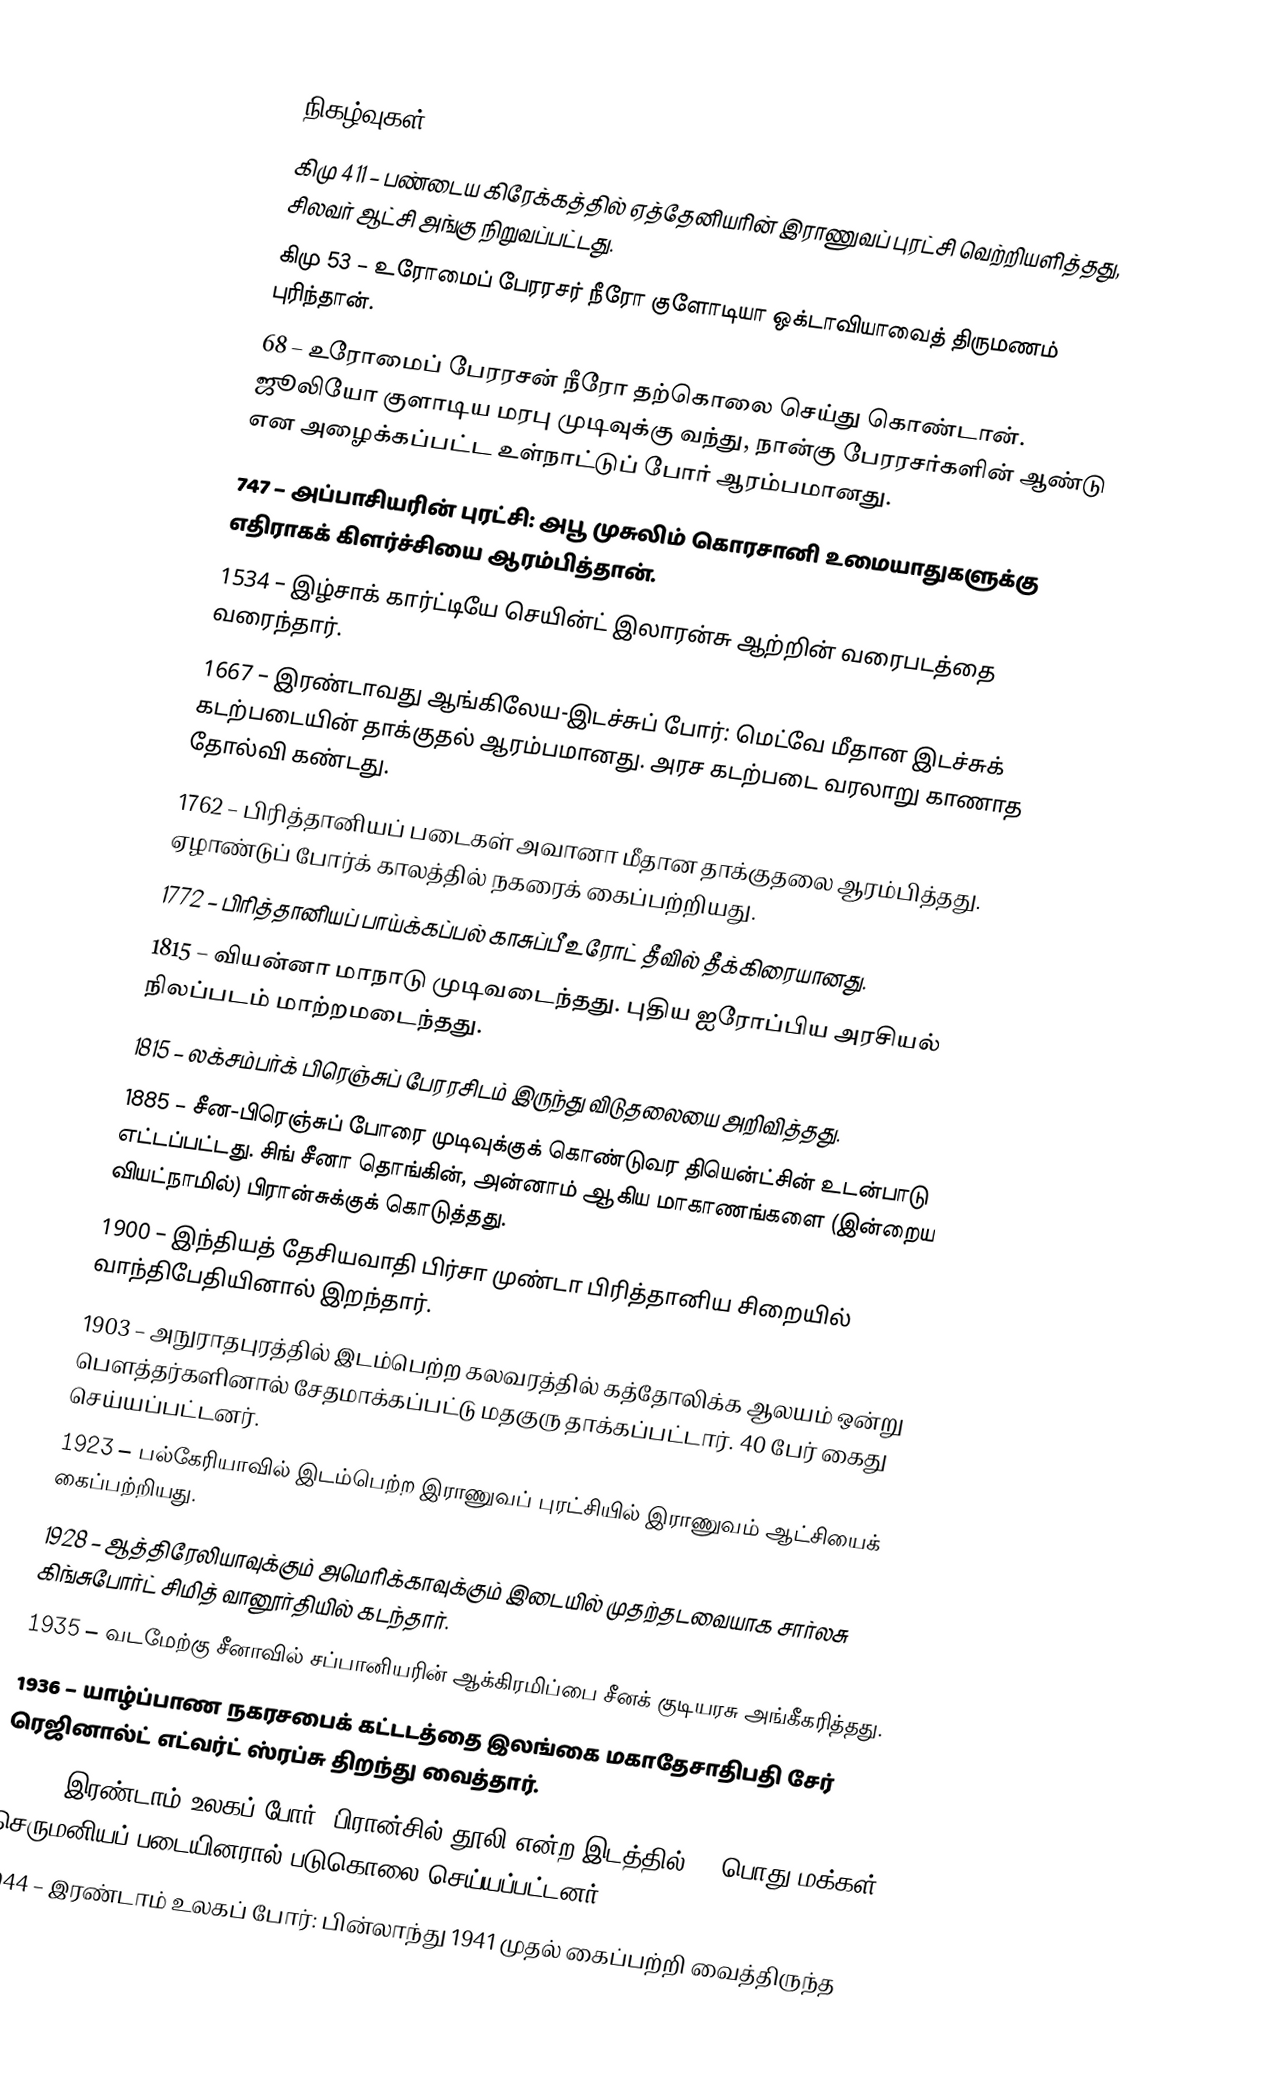

நிகழ்வுகள்
கிமு 411 – பண்டைய கிரேக்கத்தில் ஏத்தேனியரின் இராணுவப் புரட்சி வெற்றியளித்தது, சிலவர் ஆட்சி அங்கு நிறுவப்பட்டது.
கிமு 53 – உரோமைப் பேரரசர் நீரோ குளோடியா ஒக்டாவியாவைத் திருமணம் புரிந்தான்.
68 – உரோமைப் பேரரசன் நீரோ தற்கொலை செய்து கொண்டான். ஜூலியோ குளாடிய மரபு முடிவுக்கு வந்து, நான்கு பேரரசர்களின் ஆண்டு என அழைக்கப்பட்ட உள்நாட்டுப் போர் ஆரம்பமானது.
747 – அப்பாசியரின் புரட்சி: அபூ முசுலிம் கொரசானி உமையாதுகளுக்கு எதிராகக் கிளர்ச்சியை ஆரம்பித்தான்.
1534 – இழ்சாக் கார்ட்டியே செயின்ட் இலாரன்சு ஆற்றின் வரைபடத்தை வரைந்தார்.
1667 – இரண்டாவது ஆங்கிலேய-இடச்சுப் போர்: மெட்வே மீதான இடச்சுக் கடற்படையின் தாக்குதல் ஆரம்பமானது. அரச கடற்படை வரலாறு காணாத தோல்வி கண்டது.
1762 – பிரித்தானியப் படைகள் அவானா மீதான தாக்குதலை ஆரம்பித்தது. ஏழாண்டுப் போர்க் காலத்தில் நகரைக் கைப்பற்றியது.
1772 – பிரித்தானியப் பாய்க்கப்பல் காசுப்பீ உரோட் தீவில் தீக்கிரையானது.
1815 – வியன்னா மாநாடு முடிவடைந்தது. புதிய ஐரோப்பிய அரசியல் நிலப்படம் மாற்றமடைந்தது.
1815 – லக்சம்பர்க் பிரெஞ்சுப் பேரரசிடம் இருந்து விடுதலையை அறிவித்தது.
1885 – சீன-பிரெஞ்சுப் போரை முடிவுக்குக் கொண்டுவர தியென்ட்சின் உடன்பாடு எட்டப்பட்டது. சிங் சீனா தொங்கின், அன்னாம் ஆகிய மாகாணங்களை (இன்றைய வியட்நாமில்) பிரான்சுக்குக் கொடுத்தது.
1900 – இந்தியத் தேசியவாதி பிர்சா முண்டா பிரித்தானிய சிறையில் வாந்திபேதியினால் இறந்தார்.
1903 – அநுராதபுரத்தில் இடம்பெற்ற கலவரத்தில் கத்தோலிக்க ஆலயம் ஒன்று பௌத்தர்களினால் சேதமாக்கப்பட்டு மதகுரு தாக்கப்பட்டார். 40 பேர் கைது செய்யப்பட்டனர்.
1923 – பல்கேரியாவில் இடம்பெற்ற இராணுவப் புரட்சியில் இராணுவம் ஆட்சியைக் கைப்பற்றியது.
1928 – ஆத்திரேலியாவுக்கும் அமெரிக்காவுக்கும் இடையில் முதற்தடவையாக சார்லசு கிங்சுபோர்ட் சிமித் வானூர்தியில் கடந்தார்.
1935 – வடமேற்கு சீனாவில் சப்பானியரின் ஆக்கிரமிப்பை சீனக் குடியரசு அங்கீகரித்தது.
1936 – யாழ்ப்பாண நகரசபைக் கட்டடத்தை இலங்கை மகாதேசாதிபதி சேர் ரெஜினால்ட் எட்வர்ட் ஸ்ரப்சு திறந்து வைத்தார்.
1944 – இரண்டாம் உலகப் போர்: பிரான்சில் தூலி என்ற இடத்தில் 99 பொது மக்கள் செருமனியப் படையினரால் படுகொலை செய்யப்பட்டனர்.
1944 – இரண்டாம் உலகப் போர்: பின்லாந்து 1941 முதல் கைப்பற்றி வைத்திருந்த